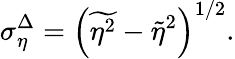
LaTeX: \sigma_{\eta}^{\Delta}=\left(\widetilde{\eta^{2}}-\widetilde{\eta}^{2}\right)^{1/2}.